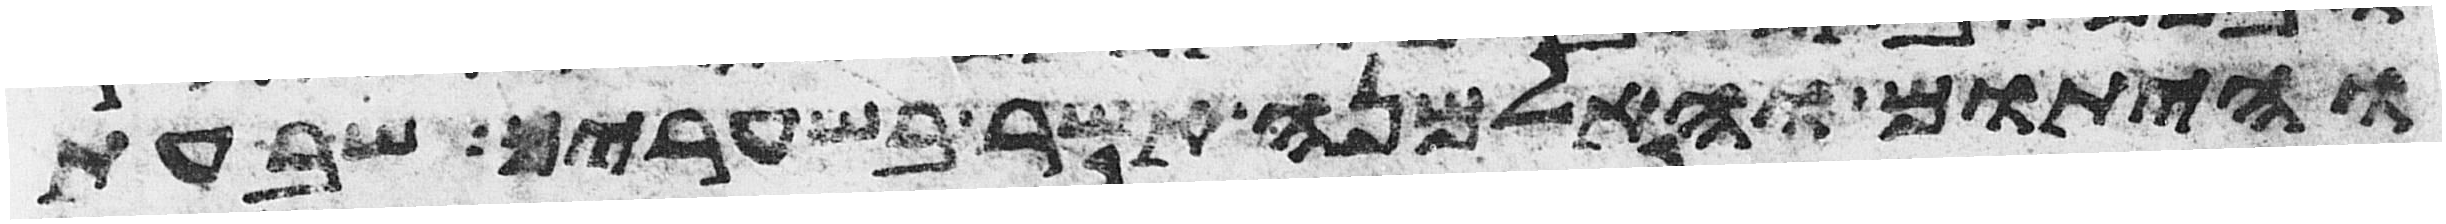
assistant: והיתום והאלמנה אשר בשעריך שבעת